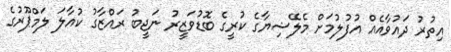
އިތުރު ދައުވާއެއް އުފުލުމަށް މެލޭޝިޔާގެ ކުރީގެ ބޮޑުވަޒީރު ނަޖީބު ރައްޒާގު ކުއާލަ ލަމްޕޫރުގެ